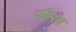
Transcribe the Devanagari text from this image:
फीरल